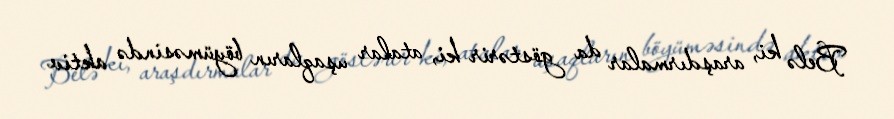
Belə ki, araşdırmalar da göstərir ki, atalar uşaqların böyüməsində aktiv